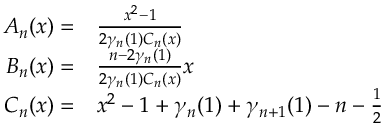
\begin{array} { r l } { A _ { n } ( x ) = } & { \frac { x ^ { 2 } - 1 } { 2 \gamma _ { n } ( 1 ) C _ { n } ( x ) } } \\ { B _ { n } ( x ) = } & { \frac { n - 2 \gamma _ { n } ( 1 ) } { 2 \gamma _ { n } ( 1 ) C _ { n } ( x ) } x } \\ { C _ { n } ( x ) = } & { x ^ { 2 } - 1 + \gamma _ { n } ( 1 ) + \gamma _ { n + 1 } ( 1 ) - n - \frac { 1 } { 2 } } \end{array}